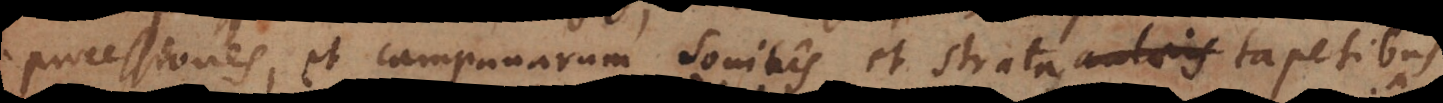
processiones, et campanarum sonitus et stratas aulaeis tapetibus